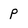
Character: p